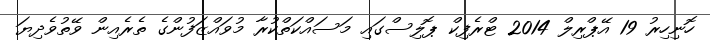
ހޮނިހިރު 19 އޭޕްރިލް 2014 ޓްރެފިކް ޕޮލިސްގައި މަސައްކަތްކުރާ މުވައްޒަފުންގެ ތެރެއިން ވޭތުވެދިޔަ